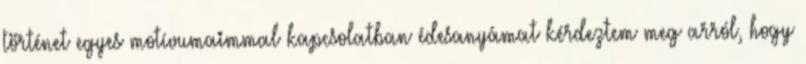
történet egyes motívumaimmal kapcsolatban édesanyámat kérdeztem meg arról, hogy